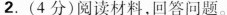
2.(4分)阅读材料，回答问题。